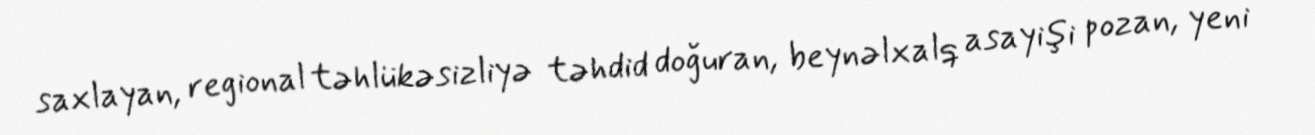
saxlayan, regional təhlükəsizliyə təhdid doğuran, beynəlxalq asayişi pozan, yeni